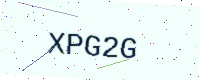
Text: XPG2G